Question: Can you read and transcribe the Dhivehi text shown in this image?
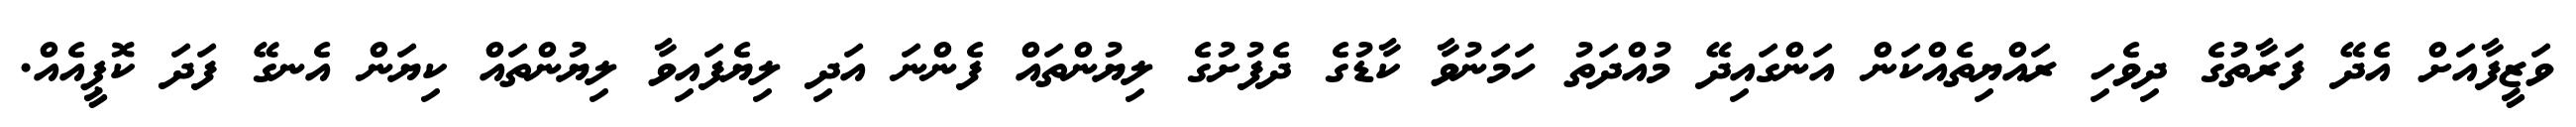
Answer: ވަޒީފާއަށް އެދޭ ފަރާތުގެ ދިވެހި ރައްޔިތެއްކަން އަންގައިދޭ މުއްދަތު ހަމަނުވާ ކާޑުގެ ދެފުށުގެ ލިޔުންތައް ފެންނަ އަދި ލިޔެފައިވާ ލިޔުންތައް ކިޔަން އެނގޭ ފަދަ ކޮޕީއެއް.